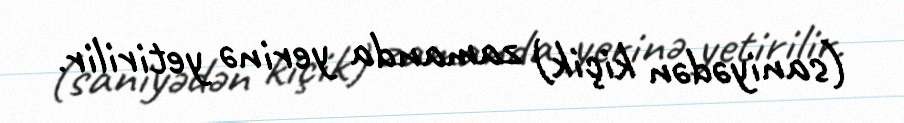
(saniyədən kiçik) zamanda yerinə yetirilir.